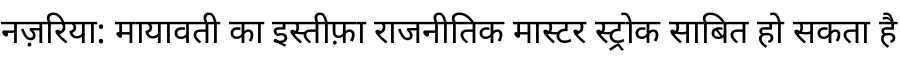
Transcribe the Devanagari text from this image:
नज़रिया: मायावती का इस्तीफ़ा राजनीतिक मास्टर स्ट्रोक साबित हो सकता है